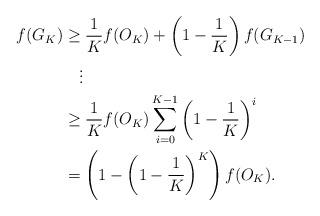
LaTeX: \begin{align*}f(G_K)&\geq \frac{1}{K}f(O_K)+\left(1-\frac{1}{K}\right)f(G_{K-1})\\&\quad\vdots \\&\geq \frac{1}{K}f(O_K)\sum\limits_{i=0}^{K-1}\left(1-\frac{1}{K}\right)^i\\&=\left(1-\left(1-\frac{1}{K}\right)^K\right)f(O_K).\end{align*}